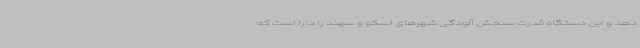
دهد و این دستگاه قدرت سنجش آلودگی شهرهای اسکو و سهند را دارا است که